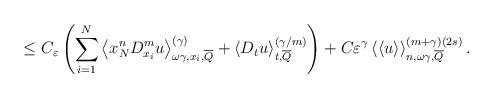
LaTeX: \begin{align*}\leq C_{\varepsilon}\left( {\displaystyle\sum\limits_{i=1}^{N}}\left\langle x_{N}^{n}D_{x_{i}}^{m}u\right\rangle _{\omega\gamma,x_{i},\overline{Q}}^{(\gamma)}+\left\langle D_{t}u\right\rangle_{t,\overline{Q}}^{(\gamma/m)}\right)+C\varepsilon^{\gamma}\left\langle\left\langle u\right\rangle \right\rangle _{n,\omega\gamma,\overline{Q}}^{(m+\gamma)(2s)}. \end{align*}